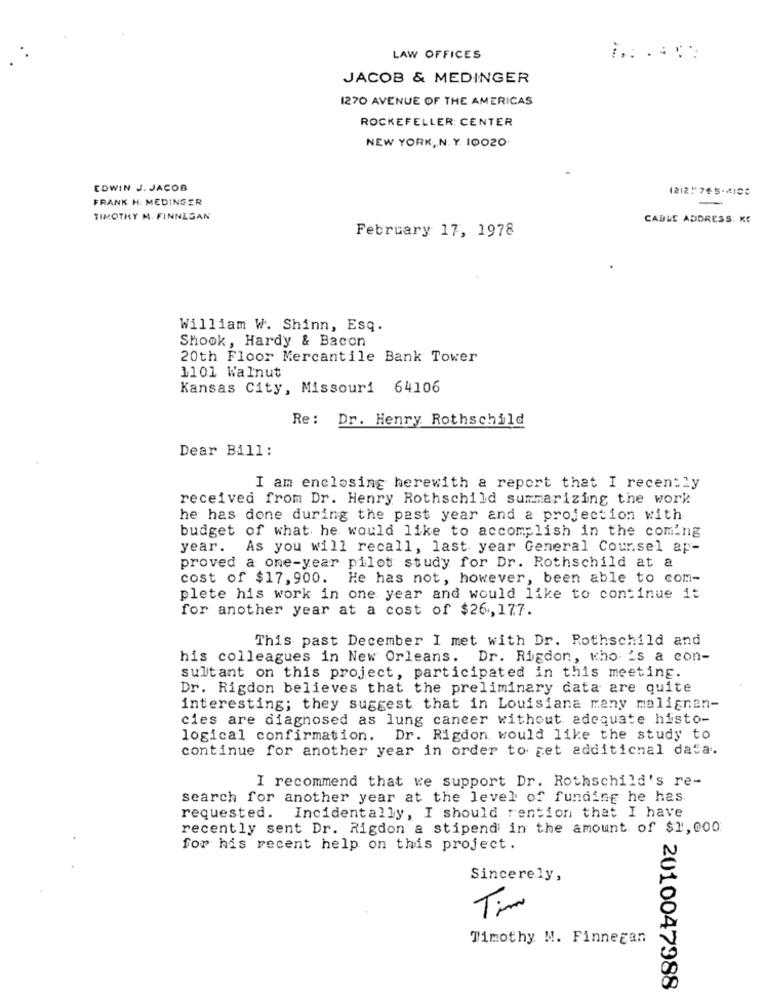
LAW OFFICES
JACOB & MEDINGER
1270 AVENUE OF THE AMERICAS
ROCKEFELLER CENTER
NEW YORK, N. Y. 10020.
EDWIN J. JACOB
FRANK H. MEDINGER
-
TIMOTHY M. FINNIGAN
CABLE ADDRESS. KE
February 17, 1978
William W. Shinn, Esq.
Shook, Hardy & Bacon
20th Floor Mercantile Bank Tower
1101 Walnut
Kansas City, Missouri 64106
Re: Dr. Henry. Rothschild
Dear Bill :
I am enclosing herewith a report that I recently
received from Dr. Henry Rothschild summarizing the work
he has done during the past year and a projection with
budget of what he would like to accomplish in the coming
year. As you will recall, last year General Counsel ap-
proved a one-year pilot study for Dr. Rothschild at a
cost of $17,900. He has not, however, been able to com-
plete his work in one year and would like to continue it
for another year at a cost of $26,177.
This past December I met with Dr. Rothschild and
his colleagues in New Orleans. Dr. Rigdon, who 's a con-
sultant on this project, participated in this meeting.
Dr. Rigdon believes that the preliminary data are quite
interesting; they suggest that in Louisiana many malignan-
cies are diagnosed as lung cancer without adequate histo-
logical confirmation. Dr. Rigdon would like the study to
continue for another year in order to get additional data.
I recommend that we support Dr. Rothschild's re-
search for another year at the level of funding he has.
requested. Incidentally, I should rention that I have
recently sent Dr. Rigdon a stipend in the amount of $1,000
for his recent help on this project.
Sincerely,
Tim
Timothy N. Finnegan
2010047988